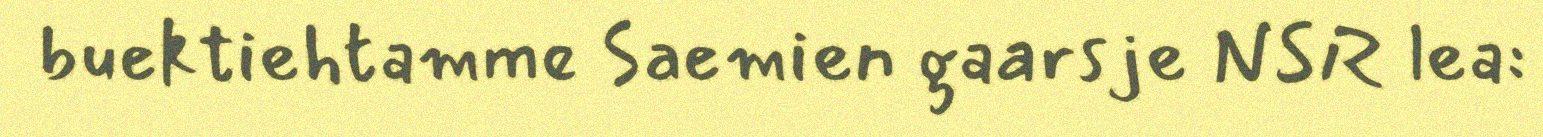
buektiehtamme Saemien gaarsje NSR lea: